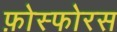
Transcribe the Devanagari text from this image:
फ़ोस्फोरस